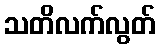
သတိလက်လွတ်